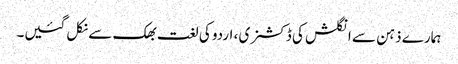
ہمارے ذہن سے انگلش کی ڈکشنری ، اردو کی لغت بھک سے نکل گئیں۔